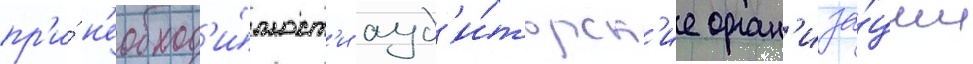
пр'и́ н'еобход'и́мост'и ауд'и́торск'ие орган'иза́ции